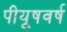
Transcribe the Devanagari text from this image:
पीयूषवर्ष